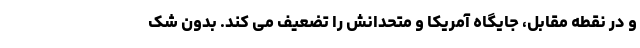
و در نقطه مقابل، جایگاه آمریکا و متحدانش را تضعیف می کند. بدون شک